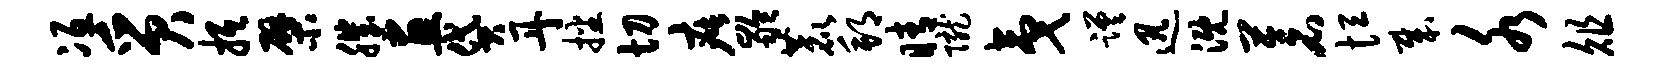
冱质抵檗肌画贷丹播切疵龄鹿邦睛陇夷蹉迅溉苍恒哉水俎